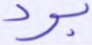
برد